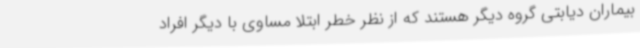
بیماران دیابتی گروه دیگر هستند که از نظر خطر ابتلا مساوی با دیگر افراد